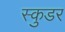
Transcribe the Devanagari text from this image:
स्कुडर